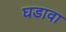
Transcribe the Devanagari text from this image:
घडावा